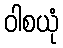
ဝါစယုံ